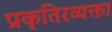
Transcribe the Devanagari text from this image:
प्रकृतिरव्यक्ता